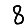
Digit: 8